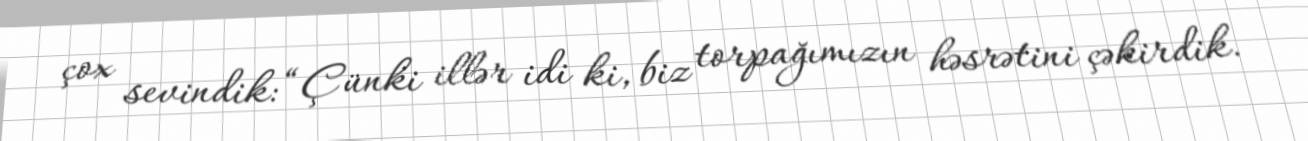
çox sevindik: “Çünki illər idi ki, biz torpağımızın həsrətini çəkirdik.